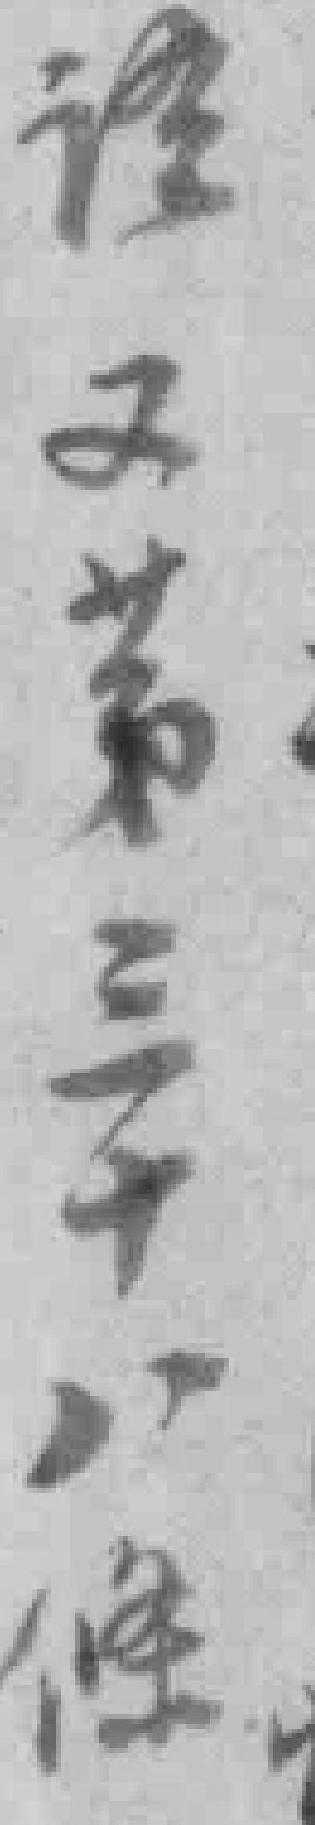
*又苐三十八條